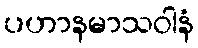
ပဟာနမာသဝါနံ